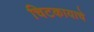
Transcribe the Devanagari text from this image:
चिटकायाचे